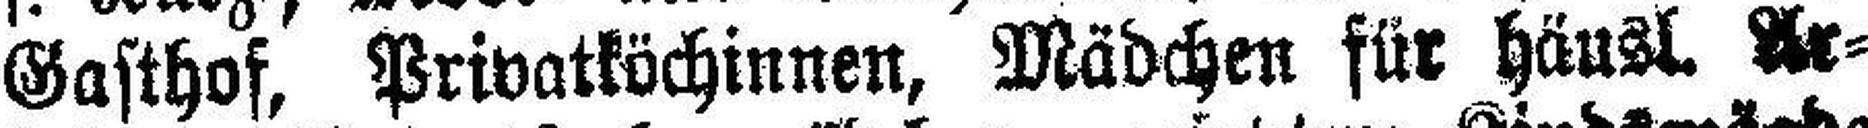
Gasthof, Privatköchinnen, Mädchen für häusl. Ar¬